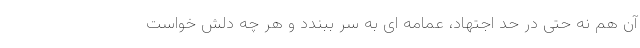
آن هم نه حتی در حد اجتهاد، عمامه ای به سر ببندد و هر چه دلش خواست